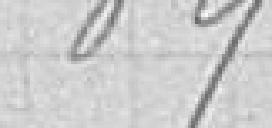
89